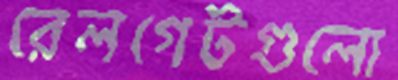
রেলগেটগুলো